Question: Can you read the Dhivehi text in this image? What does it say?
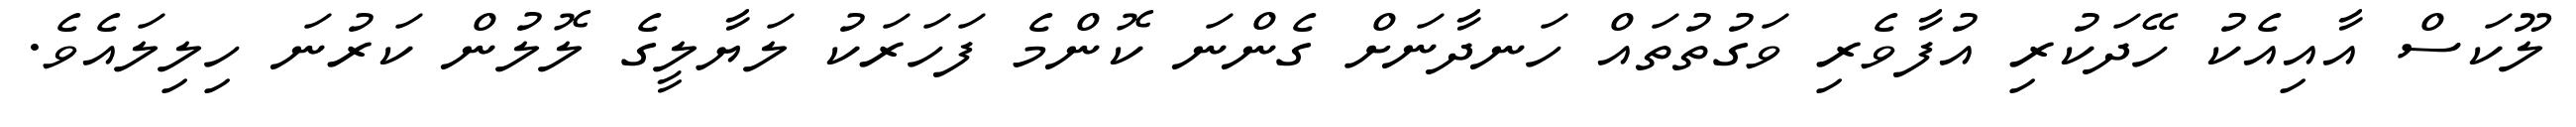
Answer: ލޫކަސް އާއިއެކު ހޭދަކުރި އުފާވެރި ވަގުތުތައް ހަނދާނަށް ގެންނަ ކޮންމެ ފަހަރަކު ލަޔާލީގެ ލޮލުން ކަރުނަ ހިލިލައެވެ.